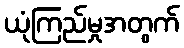
ယုံကြည်မှုအတွက်